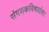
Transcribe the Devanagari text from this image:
संगणकविषयांवर